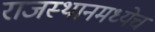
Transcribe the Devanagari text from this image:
राजस्थानमध्येच